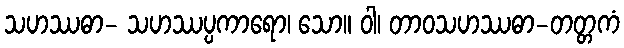
သဟဿဓာ- သဟဿပ္ပကာရော၊ သော။ ဝါ၊ တာဝသဟဿဓာ-တတ္တကံ